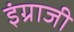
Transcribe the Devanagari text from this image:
इंग्राजी